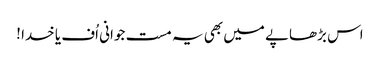
اس بڑھاپے میں بھی یہ مست جوانی اُف یا خدا !